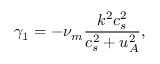
\gamma _ { 1 } = - \nu _ { m } \frac { k ^ { 2 } c _ { s } ^ { 2 } } { c _ { s } ^ { 2 } + u _ { A } ^ { 2 } } ,